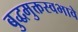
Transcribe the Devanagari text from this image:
बुद्धमुक्तस्वभावे